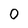
Character: 0